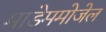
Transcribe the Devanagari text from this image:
माडेममोजेल